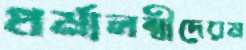
ধর্মালম্বীদেরম